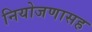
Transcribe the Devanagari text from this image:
नियोजणासह